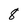
Character: 8